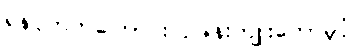
ရန်ပိုတတ်ကြောင်း ဥဒါန်းကျူးတော်မူပုံ။